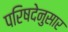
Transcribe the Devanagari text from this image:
परिषदेनुसार